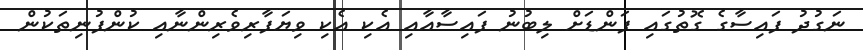
ނަގުދު ފައިސާގެ ގޮތުގައި ފަންޑަށް ލިބުނު ފައިސާއާއި އެކި އެކި ވިޔަފާރިވެރިންނާއި ކުންފުނިތަކުން